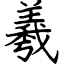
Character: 羲